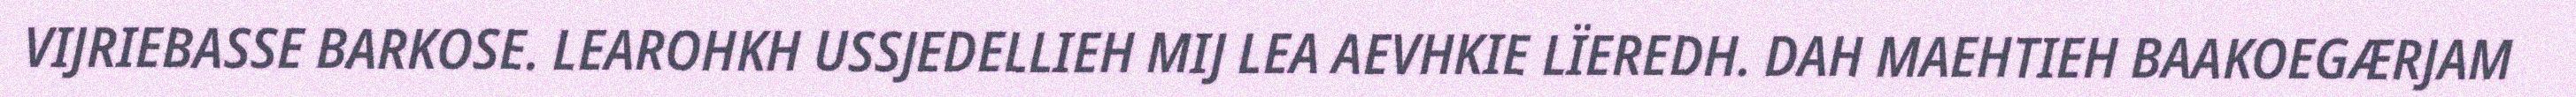
VIJRIEBASSE BARKOSE. LEAROHKH USSJEDELLIEH MIJ LEA AEVHKIE LÏEREDH. DAH MAEHTIEH BAAKOEGÆRJAM